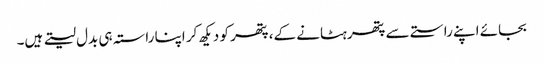
بجائے اپنے راستے سے پتھر ہٹانے کے، پتھر کو دیکھ کر اپنا راستہ ہی بدل لیتے ہیں۔